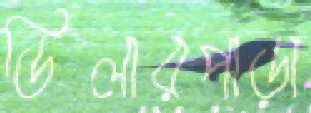
ডিলারপাড়া